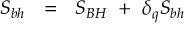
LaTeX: S _ { b h } ~ ~ = ~ ~ S _ { B H } ~ + ~ \delta _ { q } S _ { b h }